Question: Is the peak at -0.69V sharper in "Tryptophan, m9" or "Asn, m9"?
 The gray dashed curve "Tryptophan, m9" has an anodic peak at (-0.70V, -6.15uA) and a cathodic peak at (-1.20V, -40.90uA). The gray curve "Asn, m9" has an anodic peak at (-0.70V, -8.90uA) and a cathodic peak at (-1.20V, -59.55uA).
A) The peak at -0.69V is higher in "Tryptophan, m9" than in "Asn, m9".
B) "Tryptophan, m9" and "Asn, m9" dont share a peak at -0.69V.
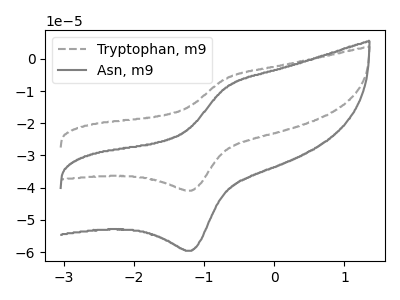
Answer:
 <answer>A) The peak at -0.69V is higher in "Tryptophan, m9" than in "Asn, m9".</answer>
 <eval>A</eval>